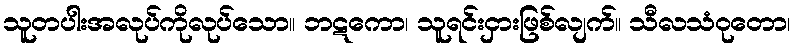
သူတပါးအလုပ်ကိုလုပ်သော။ ဘဋကော၊ သူရင်းငှားဖြစ်လျက်။ သီလသံဝုတော၊